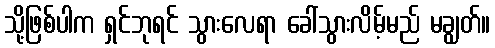
သို့ဖြစ်ပါက ရှင်ဘုရင် သွားလေရာ ခေါ်သွားလိမ့်မည် မချွတ်။